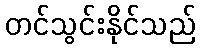
တင်သွင်းနိုင်သည်